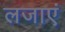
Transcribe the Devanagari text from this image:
लजाएं